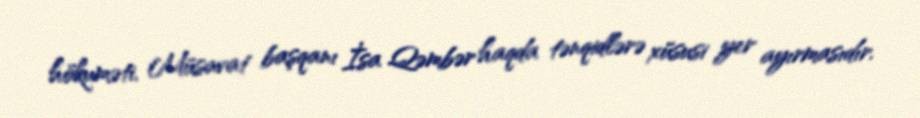
hökuməti, Müsavat başqanı İsa Qəmbər haqda tənqidlərə xüsusi yer ayırmasıdır.